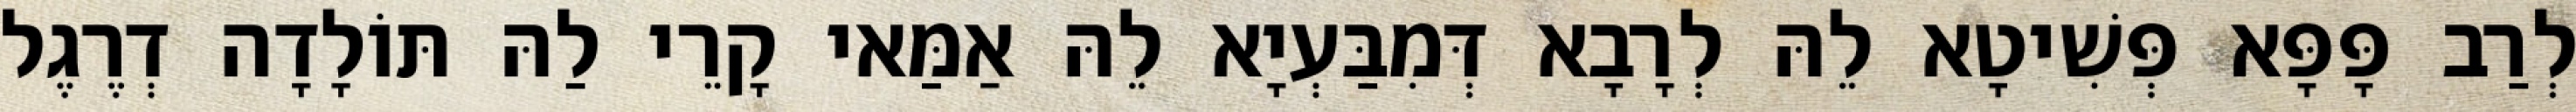
לְרַב פָּפָּא פְּשִׁיטָא לֵהּ לְרָבָא דְּמִבַּעְיָא לֵהּ אַמַּאי קָרֵי לַהּ תּוֹלָדָה דְרֶגֶל